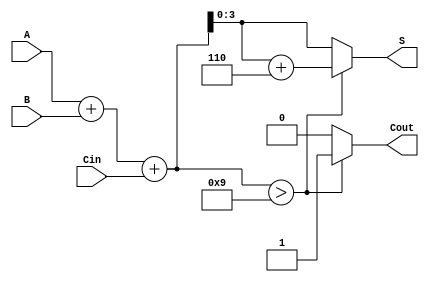
module BCD_Redundant_Binary_Adder (
    input  wire [3:0] A,     // BCD input A
    input  wire [3:0] B,     // BCD input B
    input  wire        Cin,   // Carry input
    output reg  [3:0] S,     // BCD sum output
    output reg         Cout    // Carry output
);

// Internal signals for the redundant binary addition
wire [4:0] sum;            // 5-bit sum to accommodate carry
wire correction;           // Signal to indicate if correction is needed

// Calculate the initial sum (A + B + Cin)
assign sum = A + B + Cin;

// Determine if correction is needed
assign correction = (sum > 9);

// BCD Correction Logic
always @(*) begin
    if (correction) begin
        S = sum + 4'b0110; // Add 6 if correction is needed
        Cout = 1;          // Set carry out
    end else begin
        S = sum[3:0];      // Take the lower 4 bits as sum
        Cout = 0;          // No carry out
    end
end

endmodule